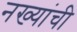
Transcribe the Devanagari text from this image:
नख्यांची